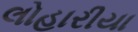
લોહારીયા